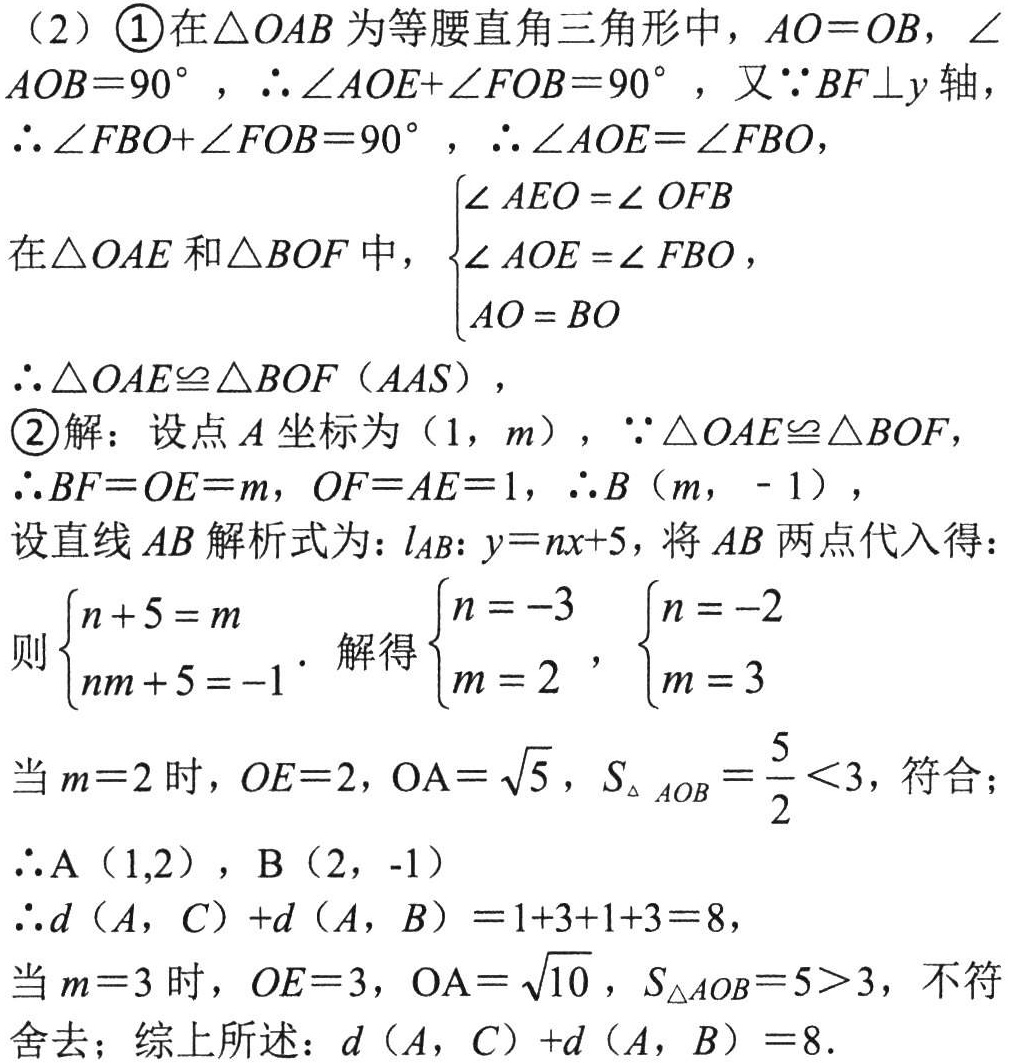
（2）\textcircled{1}在\(\triangle OAB\)为等腰直角三角形中，\(AO = OB\)，\(\angle AOB = 90^{\circ}\)，\(\therefore\angle AOE+\angle FOB = 90^{\circ}\)，又\(\because BF\perp y\)轴

\(\therefore\angle FBO+\angle FOB = 90^{\circ}\)，\(\therefore\angle AOE=\angle FBO\)，

在\(\triangle OAE\)和\(\triangle BOF\)中，\(\begin{cases}

\angle AEO=\angle OFB\\

\angle AOE=\angle FBO\\

AO = BO

\end{cases}\)

\(\therefore\triangle OAE\cong\triangle BOF(AAS)\)，

\textcircled{2}解：设点\(A\)坐标为\((1,m)\)，\(\because\triangle OAE\cong\triangle BOF\)，

\(\therefore BF = OE = m\)，\(OF = AE = 1\)，\(\therefore B(m,-1)\)，

设直线\(AB\)解析式为：\(l_{AB}:y = nx + 5\)，将\(AB\)两点代入得：

则\(\begin{cases}

n + 5 = m\\

nm + 5 = -1

\end{cases}\)．解得\(\begin{cases}

n = -3\\

m = 2

\end{cases}\)，\(\begin{cases}

n = -2\\

m = 3

\end{cases}\)

当\(m = 2\)时，\(OE = 2\)，\(OA=\sqrt{5}\)，\(S_{\triangle AOB}=\dfrac{5}{2}<3\)，符合；

\(\therefore A(1,2)\)，\(B(2,-1)\)

\(\therefore d(A,C)+d(A,B)=1 + 3+1 + 3 = 8\)，

当\(m = 3\)时，\(OE = 3\)，\(OA=\sqrt{10}\)，\(S_{\triangle AOB}=5>3\)，不符

舍去；综上所述：\(d(A,C)+d(A,B)=8\)．